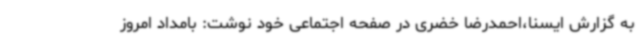
به گزارش ایسنا،احمدرضا خضری در صفحه اجتماعی خود نوشت: بامداد امروز